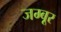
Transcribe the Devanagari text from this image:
जम्बूर